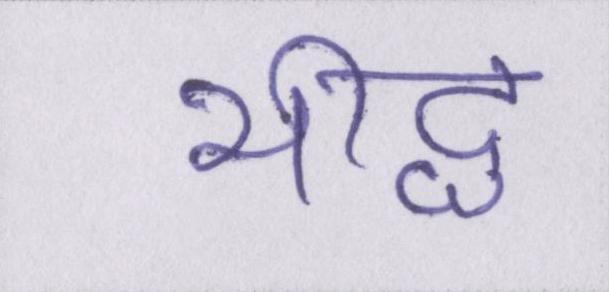
भीद्ध